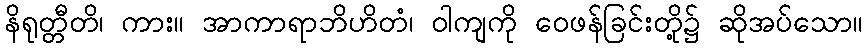
နိရုတ္တီတိ၊ ကား။ အာကာရာဘိဟိတံ၊ ဝါကျကို ဝေဖန်ခြင်းတို့၌ ဆိုအပ်သော။